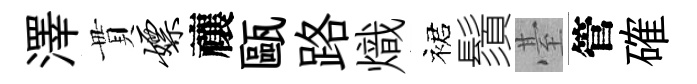
澤貫嫖禳甌路熾裙鬚䑓管確